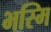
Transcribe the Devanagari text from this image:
भस्मि